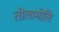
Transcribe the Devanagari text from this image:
तोलामोलि